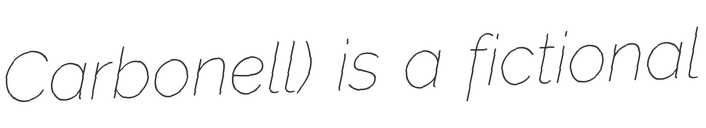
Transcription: Carbonell) is a fictional